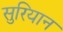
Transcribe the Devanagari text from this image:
सुरियान